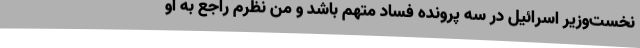
نخست‌وزیر اسرائیل در سه پرونده فساد متهم باشد و من نظرم راجع به او